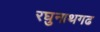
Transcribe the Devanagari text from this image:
रघुनाथगढ